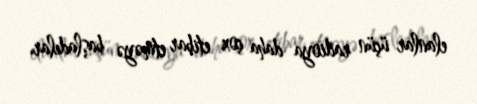
elanlar üçün radioya daha çox etibar etməyə başladılar.